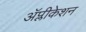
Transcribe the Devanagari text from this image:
ॲप्लीकेशन